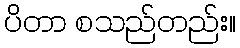
ပိတာ စသည်တည်း။